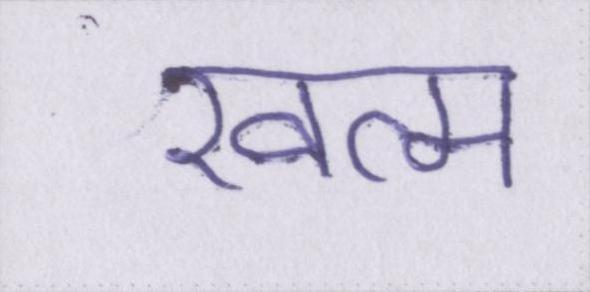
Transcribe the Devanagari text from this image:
खत्म